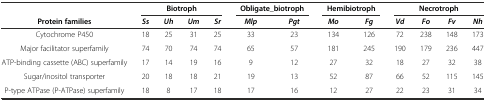
| <ROWSPAN=2> Protein families | <COLSPAN=4> Biotroph | <COLSPAN=2> Obligate_biotroph | <COLSPAN=2> Hemibiotroph | <COLSPAN=4> Necrotroph |
 | Ss | Uh | Um | Sr | Mlp | Pgt | Mo | Fg | Vd | Fo | Fv | Nh |
 | --- | --- | --- | --- | --- | --- | --- | --- | --- | --- | --- | --- | --- |
 | Cytochrome P450 | 18 | 25 | 31 | 25 | 33 | 23 | 134 | 126 | 72 | 238 | 148 | 173 |
 | Major facilitator superfamily | 74 | 70 | 74 | 74 | 65 | 57 | 181 | 245 | 190 | 179 | 236 | 447 |
 | ATP-binding cassette (ABC) superfamily | 17 | 14 | 19 | 16 | 9 | 12 | 27 | 32 | 18 | 27 | 32 | 38 |
 | Sugar/inositol transporter | 20 | 18 | 18 | 21 | 19 | 13 | 52 | 87 | 66 | 52 | 115 | 145 |
 | P-type ATPase (P-ATPase) superfamily | 18 | 8 | 17 | 18 | 17 | 16 | 12 | 27 | 22 | 23 | 31 | 34 |